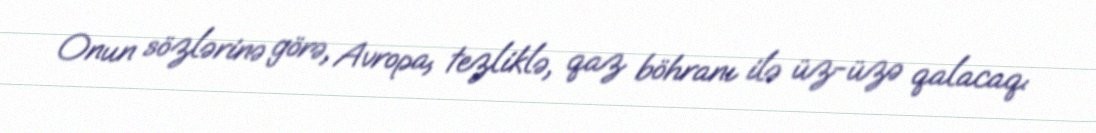
Onun sözlərinə görə, Avropa, tezliklə, qaz böhranı ilə üz-üzə qalacaq: